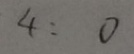
4 : 0